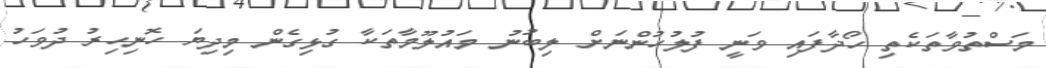
މަސްތުވާތަކެތި ހޯދާފައި ވަނީ ފުލުހުންނަށް ލިބުނު މައުލޫމާތަކާ ގުޅިގެން މިދިޔަ ހޮނިހިރު ދުވަހު